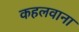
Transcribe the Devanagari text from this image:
कहलवाना